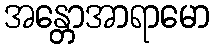
အန္တောအာရာမော